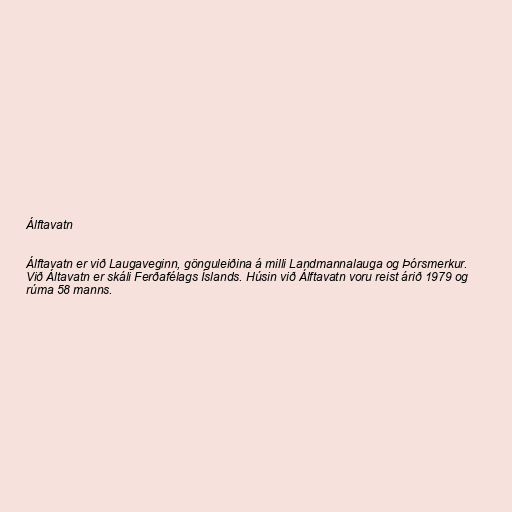
Álftavatn

Álftavatn er við Laugaveginn, gönguleiðina á milli Landmannalauga og Þórsmerkur.
Við Áltavatn er skáli Ferðafélags Íslands. Húsin við Álftavatn voru reist árið 1979 og
rúma 58 manns.